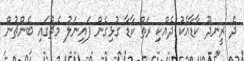
ދެ ރީނދޫ ކާޑާއެކު ދެއްކި ރަތް ކާޑާ ގުޅިގެން ފައިނަލު މެޗުގައި ބެންޗުން